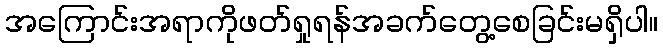
အကြောင်းအရာကိုဖတ်ရှုရန်အခက်တွေ့စေခြင်းမရှိပါ။